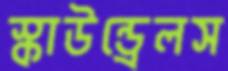
স্কাউন্ড্রেলস